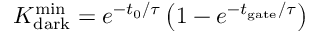
K _ { \mathrm { d a r k } } ^ { \mathrm { m i n } } = e ^ { - { t _ { 0 } } / { \tau } } \left( 1 - e ^ { - { t _ { \mathrm { g a t e } } } / { \tau } } \right)